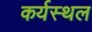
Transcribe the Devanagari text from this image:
कर्यस्थल